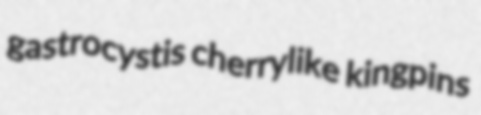
gastrocystis cherrylike kingpins